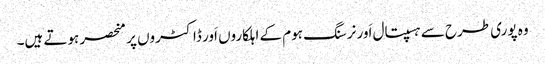
وہ پوری طرح سے ہسپتال اَور نرسنگ ہوم کے اہلکاروں اَور ڈاکٹروں پر منحصر ہوتے ہیں۔